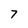
Character: 7